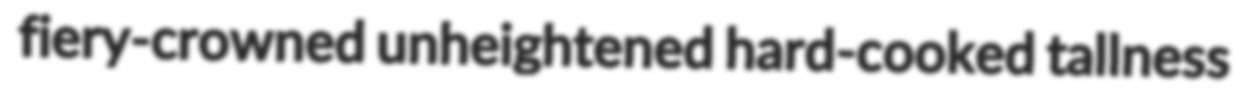
fiery-crowned unheightened hard-cooked tallness